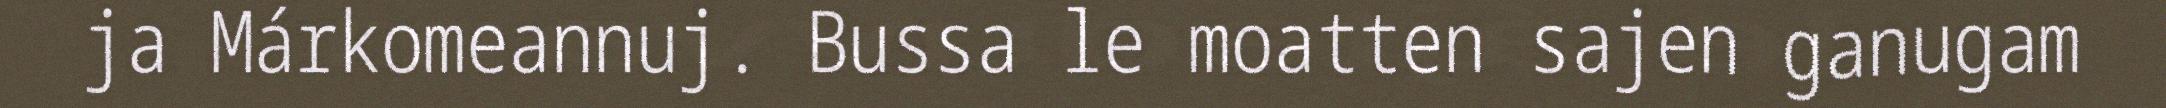
ja Márkomeannuj. Bussa le moatten sajen ganugam